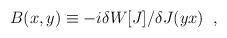
\begin{align*}B(x,y)\equiv -i\delta W\lbrack J\rbrack/\delta J(yx)\; \; ,\end{align*}